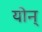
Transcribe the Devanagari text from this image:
योन्